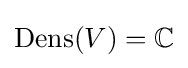
\operatorname {Dens} (V)=\mathbb {C}